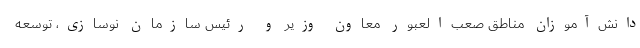
دانش‌آموزان مناطق صعب‌العبور معاون وزیر و رئیس سازمان نوسازی، توسعه